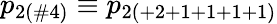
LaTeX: p_{2(\# 4)}\equiv p_{2(+2+1+1+1+1)}